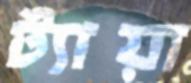
ট্যায়া